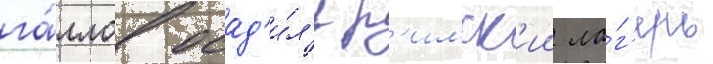
га́ллов осад'и́л'и р'имск'ии ла́г'ерь